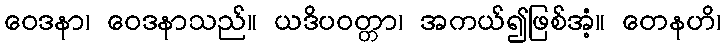
ဝေဒနာ၊ ဝေဒနာသည်။ ယဒိပဝတ္တာ၊ အကယ်၍ဖြစ်အံ့။ တေနဟိ၊